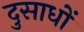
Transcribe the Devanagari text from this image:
दुसाधों